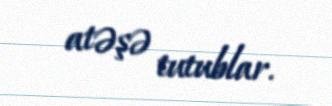
atəşə tutublar.